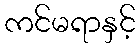
ကင်မရာနှင့်